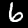
Label: 6